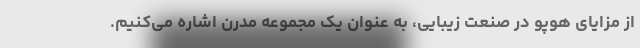
از مزایای هوپو در صنعت زیبایی، به عنوان یک مجموعه مدرن اشاره می‌کنیم.